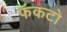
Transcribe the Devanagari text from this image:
फॅकटो